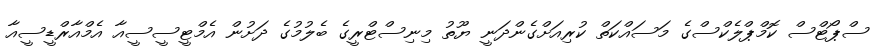
ސްޕޯޓްސް ކޮމްޕްލެކްސްގެ މަސައްކަތް ކުރިއަށްގެންދަނީ ޔޫތު މިނިސްޓްރީގެ ބެލުމުގެ ދަށުން އެމްޓީސީސީއާ އެމްއާރްޑީސީއާ